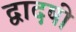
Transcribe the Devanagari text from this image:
द्वादषी